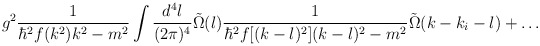
\begin{align*}g^2 \frac{1}{\hbar^2 f(k^2) k^2 - m^2} \int \frac{d^4 l}{(2 \pi)^4} \tilde{\Omega}(l) \frac{1}{\hbar^2 f[(k-l)^2] (k-l)^2 - m^2} \tilde{\Omega}(k - k_i-l) + \dots \end{align*}